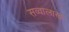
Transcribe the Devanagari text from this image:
सव्वालाख